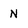
Character: N